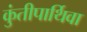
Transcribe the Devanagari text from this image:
कुंतीपार्थिवा